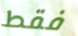
فقط